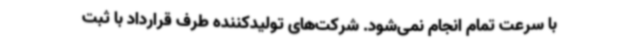
با سرعت تمام انجام نمی‌شود. شرکت‌های تولیدکننده طرف قرارداد با ثبت